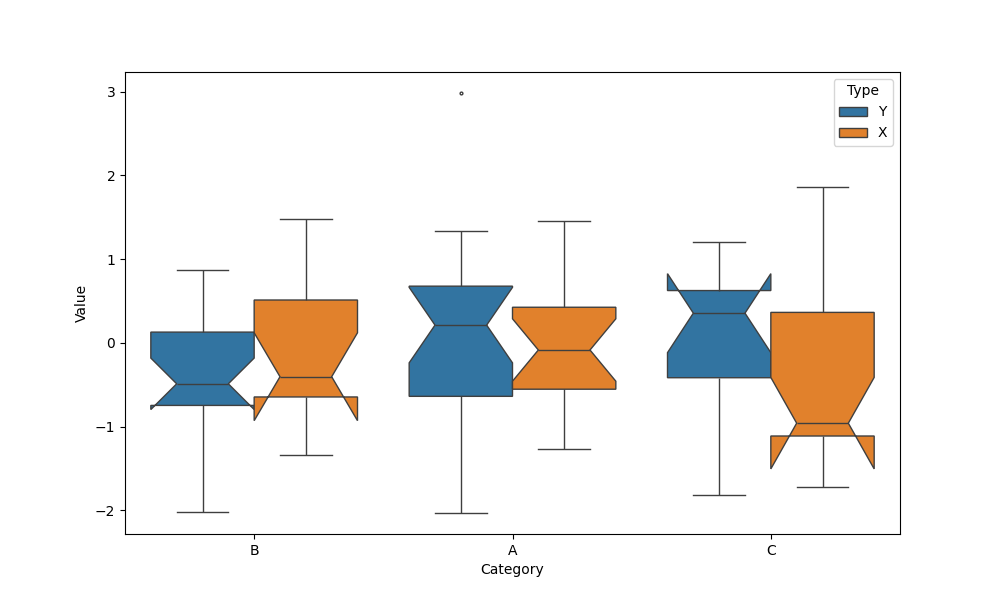
python, seaborn, boxplot, width=0.8, linewidth=1, fliersize=2, notch=True